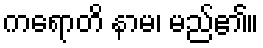
ကရောတိ နာမ၊ မည်၏။